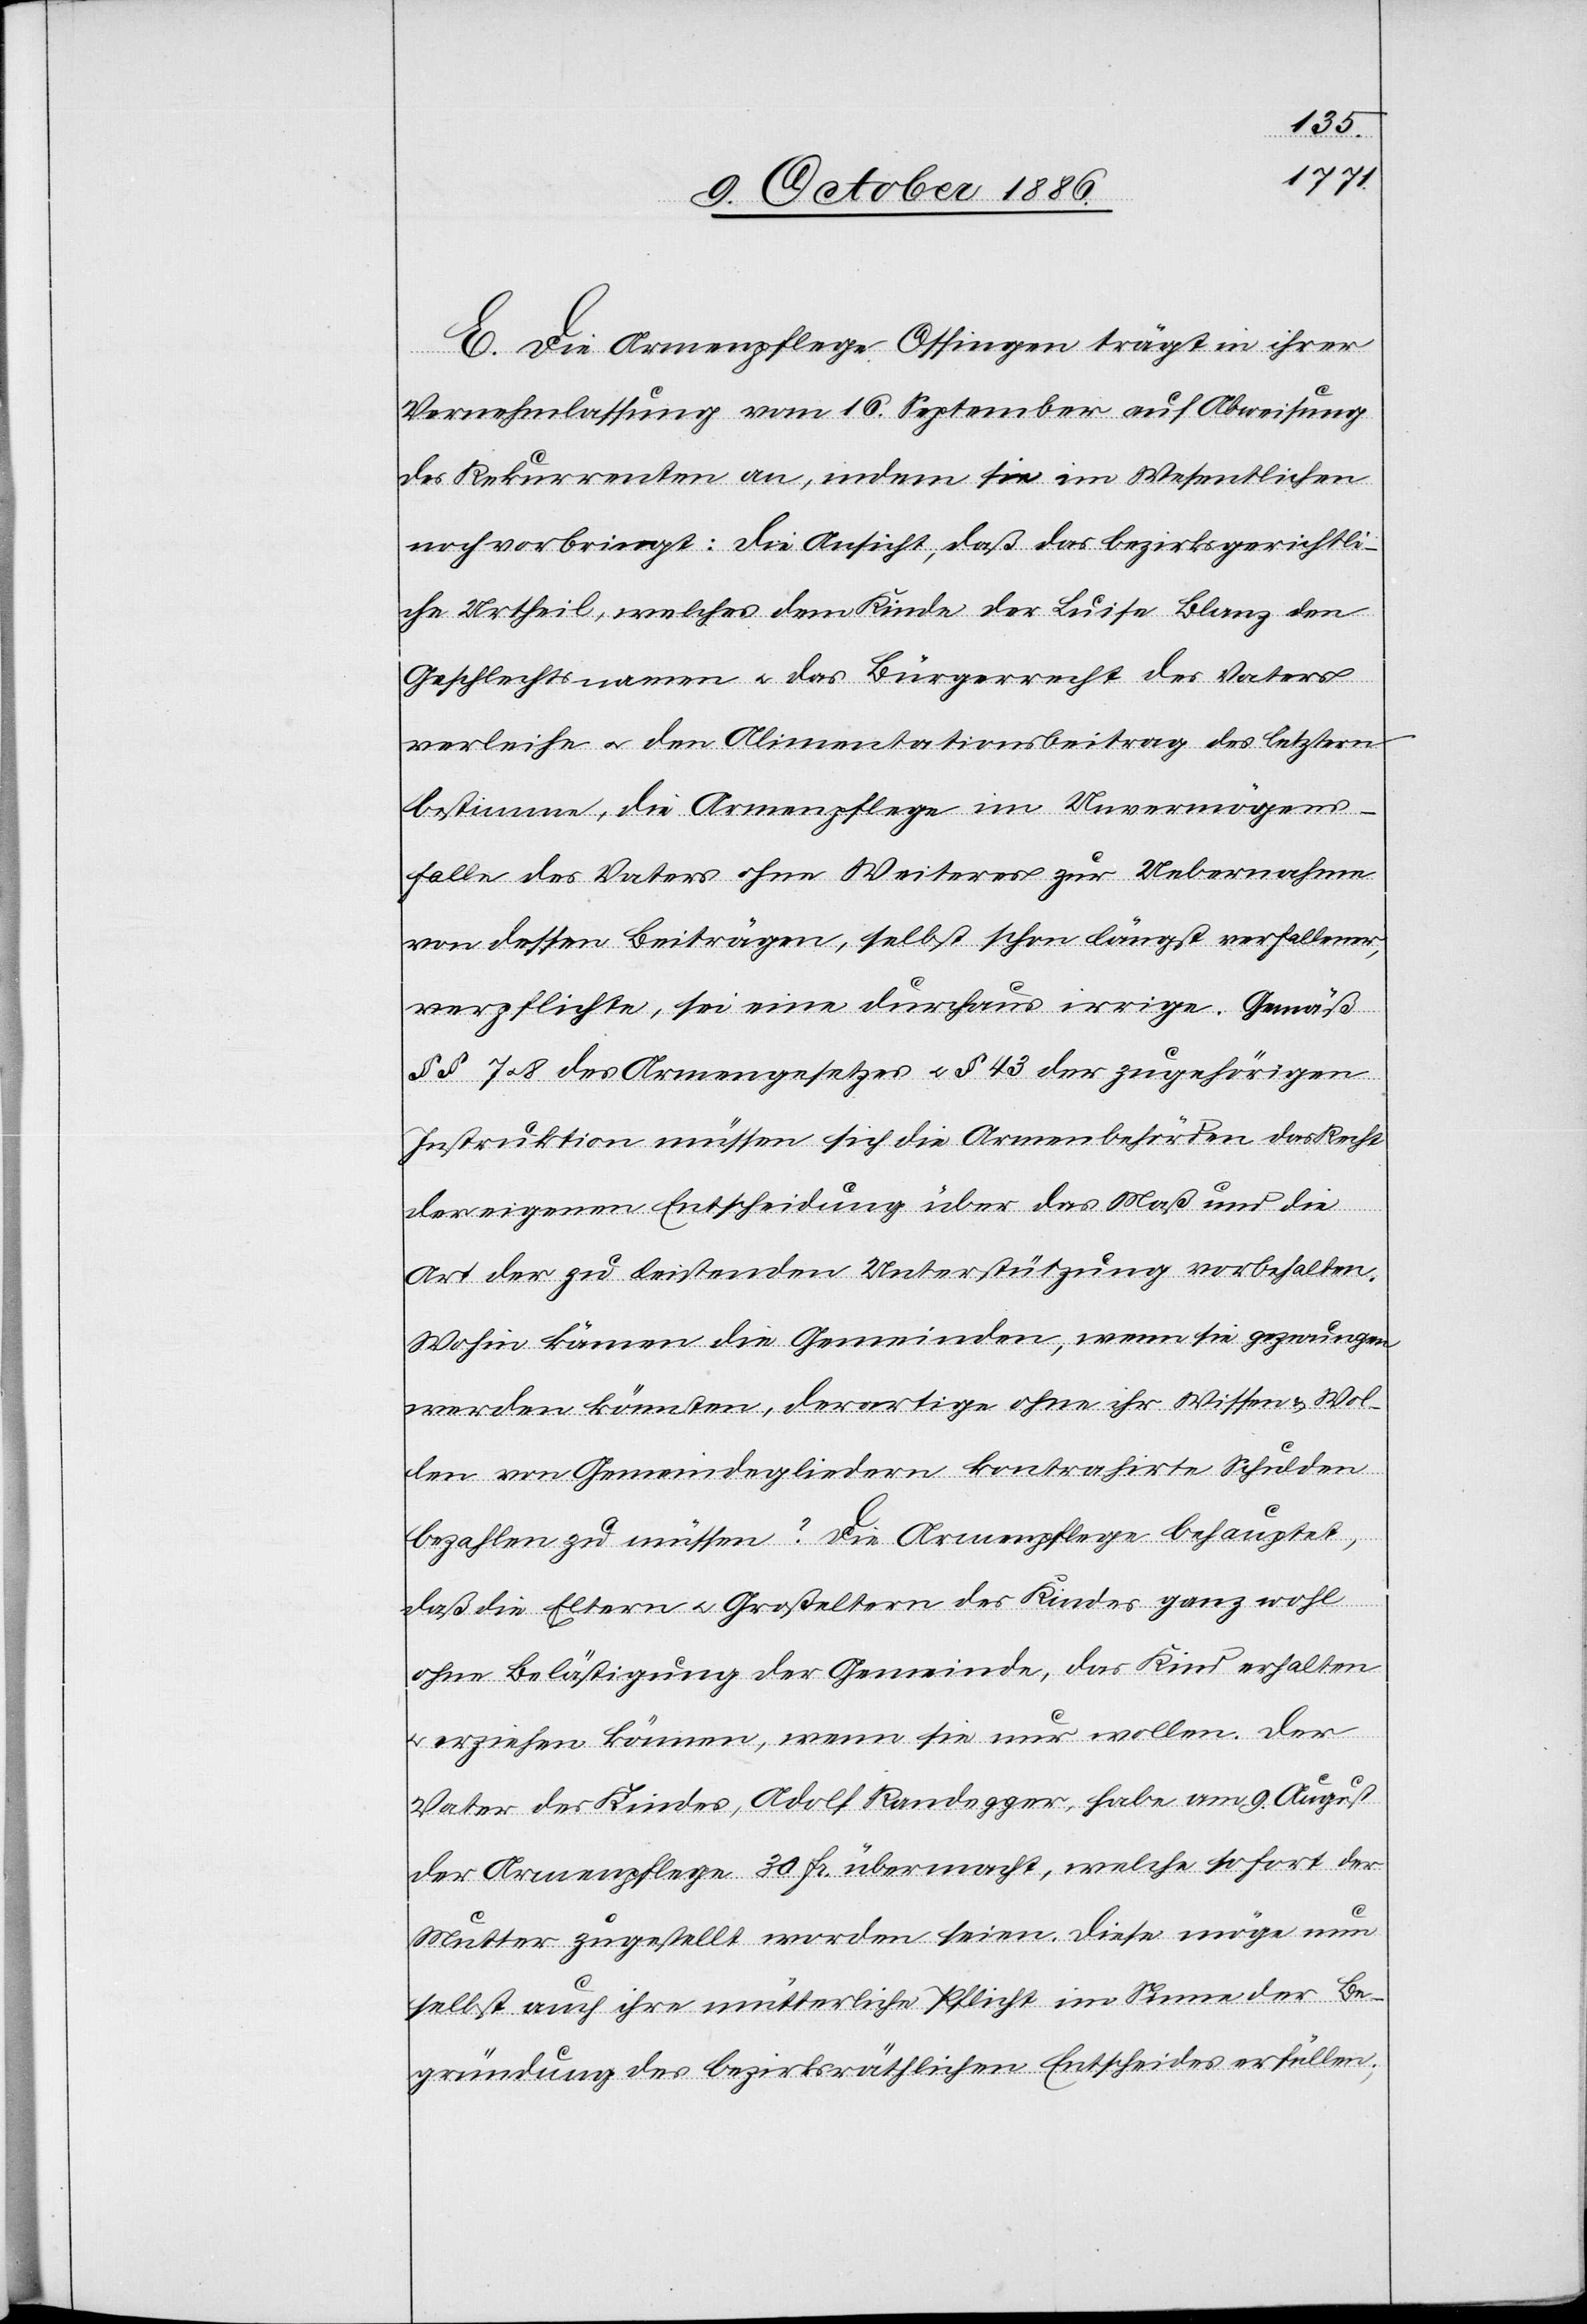
E. Die Armenpflege Ossingen trägt in ihrer
Vernehmlassung vom 16. September auf Abweisung
des Rekurrenten an, indem sie im Wesentlichen
noch vorbringt: Die Ansicht, daß das bezirksgerichtli¬
che Urtheil, welches dem Kinde der Luise Blanz den
Geschlechtsnamen & das Bürgerrecht des Vaters
verleihe & den Alimentationsbeitrag des letztern
bestimme, die Armenpflege im Unvermögens¬
falle des Vaters ohne Weiteres zur Uebernahme
von dessen Beiträgen, selbst schon längst verfallener,
verpflichte, sei eine durchaus irrige. Gemäß
§§ 7 & 8 des Armengesetzes & § 43 der zugehörigen
Instruktion müssen sich die Armenbehörden das Recht
der eigenen Entscheidung über das Maß und die
Art der zu leitenden Unterstützung vorbehalten.
Wohin kämen die Gemeinden, wenn sie gezwungen
werden könnten, derartige ohne ihr Wissen & Wol¬
len von Gemeindegliedern kontrahirte Schulden
bezahlen zu müssen? Die Armenpflege behauptet,
daß die Eltern & Großeltern des Kindes ganz wohl
ohne Belästigung der Gemeinde, das Kind erhalten
erziehen können, wenn sie nur wollen. Der
Vater des Kindes, Adolf Randegger, habe am 9. August
der Armenpflege 30 Fr. übermacht, welche sofort der
Mutter zugestellt worden seien. Diese möge nun
selbst auch ihre mütterliche Pflicht im Sinne der Be¬
gründung des bezirksräthlichen Entscheides erfüllen;